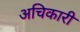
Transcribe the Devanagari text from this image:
अचिकारी